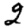
Digit: 2